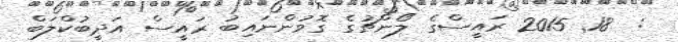
:  18